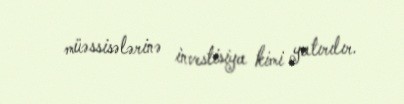
müəssisələrinə investisiya kimi yatırılır.